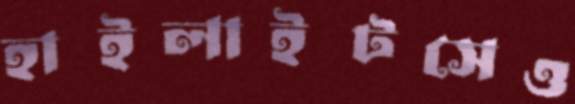
হাইলাইটসেও